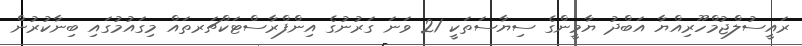
ރައީސުލްޖުމްހޫރިއްޔާ އަބްދު ޔާމީންގެ ސިޔާސަތަކީ 21 ވަނަ ގަރުނުގެ އިންފްރާސްޓަކްޗަރތައް މިގައުމުގައި ބިނާކުރުން